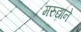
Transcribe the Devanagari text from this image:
मरुद्याने